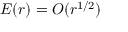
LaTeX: E ( r ) = O ( r ^ { 1 / 2 } )